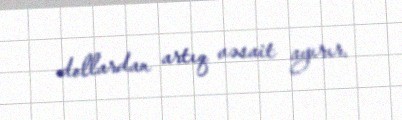
dollardan artıq vəsait ayırır.